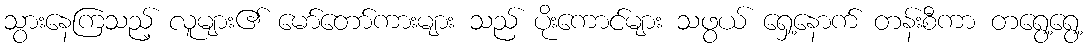
သွားနေကြသည့် လူများ၏ မော်တော်ကားများ သည် ပိုးကောင်များ သဖွယ် ရှေ့နောက် တန်းစီကာ တရွေ့ရွေ့